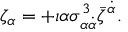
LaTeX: \zeta _ { \alpha } = + \imath \alpha \sigma _ { \alpha \dot { \alpha } } ^ { 3 } \bar { \zeta } ^ { \dot { \alpha } } .